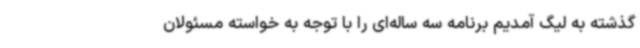
گذشته به لیگ آمدیم برنامه سه ساله‌ای را با توجه به خواسته مسئولان